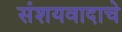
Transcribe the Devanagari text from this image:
संशयवादाचे